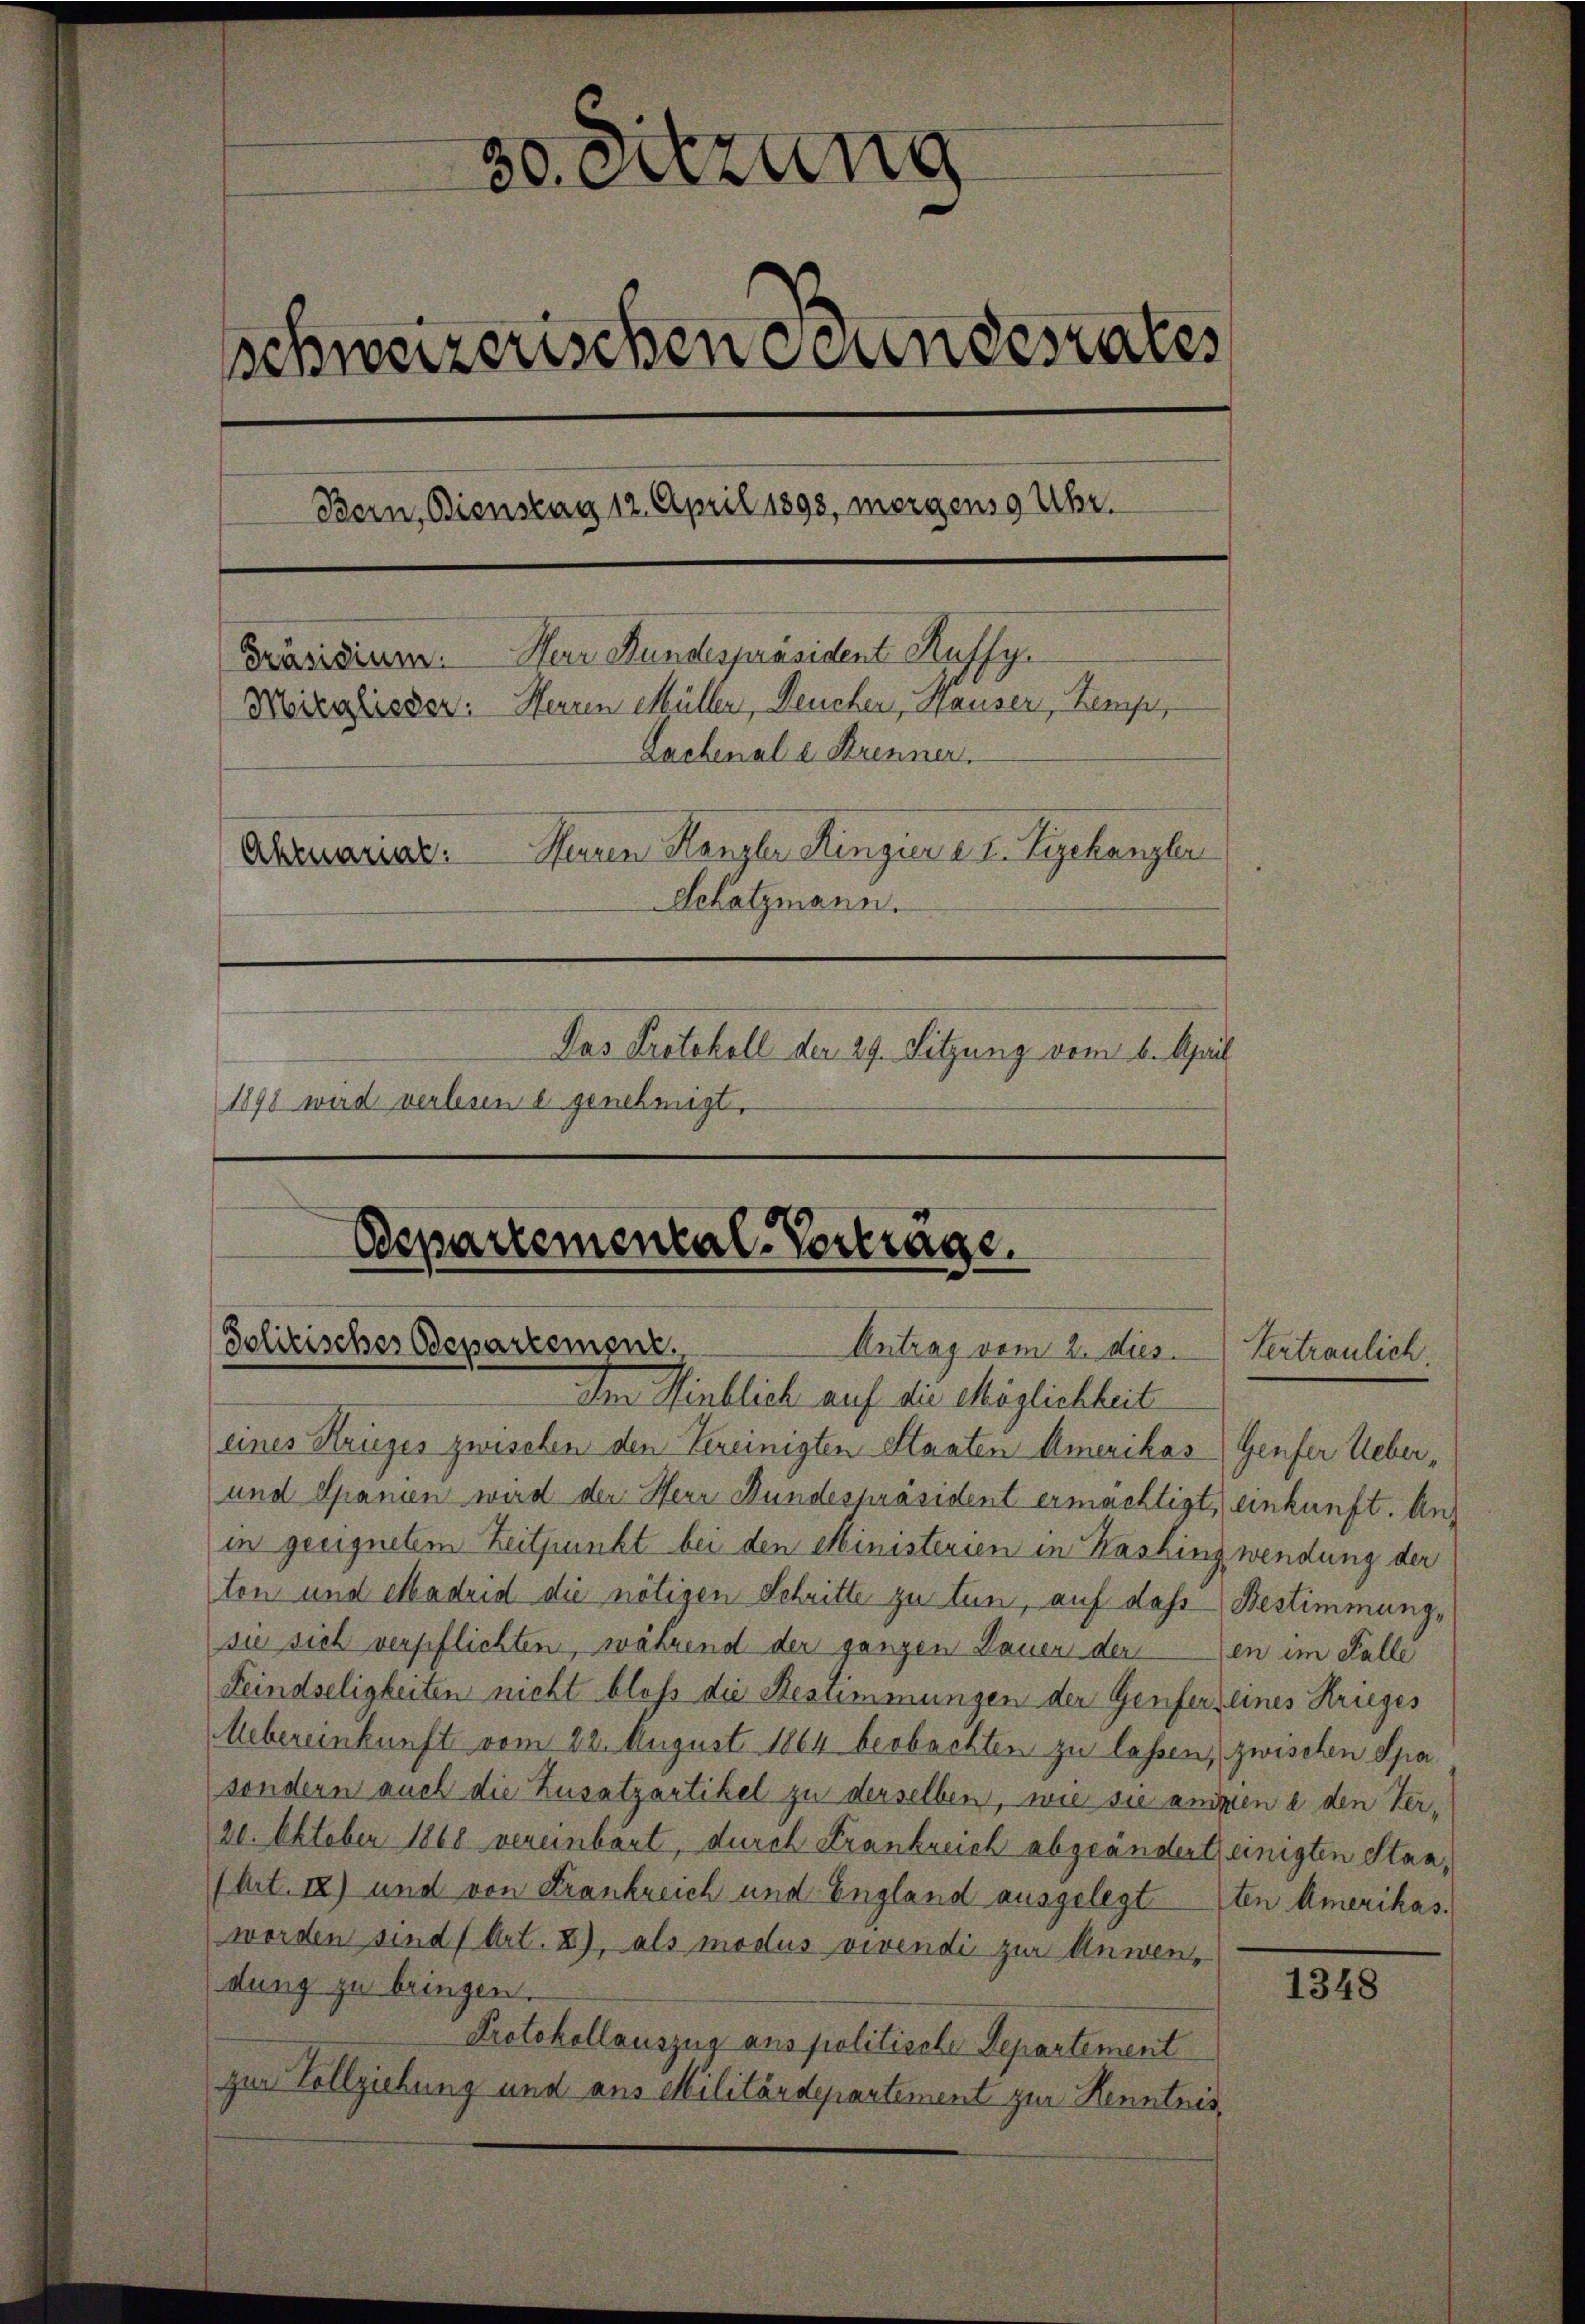
.
s Sitzung
schweizerischen Stundesrates
Bern, Bienstag 12. April 1893, morgens 9 Uhr.
Herr Bundespräsident Kuffy.
Präsidium.
Mizalisser: Herren Müller, Neucher, Hauser, Kempt,
Lachenal u. Krennen.
Herren Herzler Ringiere d. Begehangler
Aktuarial:
Schatzmann.
Das Protokoll der 29. Sitzung vom 6. April
1891 wird verbunde genehmigt.

Odepartemental-Vortrage.
Politisches Departement,
Antrag vom 2. dies

Der Hinblich auf die Möglichkeit
eines Krieges zwischen den Vereinigten Staaten Amerikas (Genfer Ueber¬
und Spanien wird der Herr Bundespräsident ermächtigt, einkunft. Auf
in geeignetem Zeitpunkt bei den Ministerien in Washinz wendung der
ten und Madrid die nötigen Schritte zu tun, auf dass Bestimmung,
sie sich verpflichten, während der ganzen Dauer deren im Falle
Feindseligkeiten nicht bloß die Bestimmungen der Genferseines Krieges
Uebereinkunft vom 22. August 1864 beobachten zu lassen, zwischen Spa
sondern auch die Zusatzartikel zu derselben, wie sie angen a den Ver¬
20. Oktober 1868 vereinbart, durch Frankreich abgeändert, einigten Stan¬
(Art. 18) und von Frankreich und England ausgelegt ten Amerikas.
worden sind Art. 2), als modus vivendi zur Anwendung zu bringen.
1348
Protokollauszug aus politische Departement
zur Vollziehung und aus Militärdepartement zur Kenntnis,

Vertraulich.